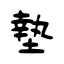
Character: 墊